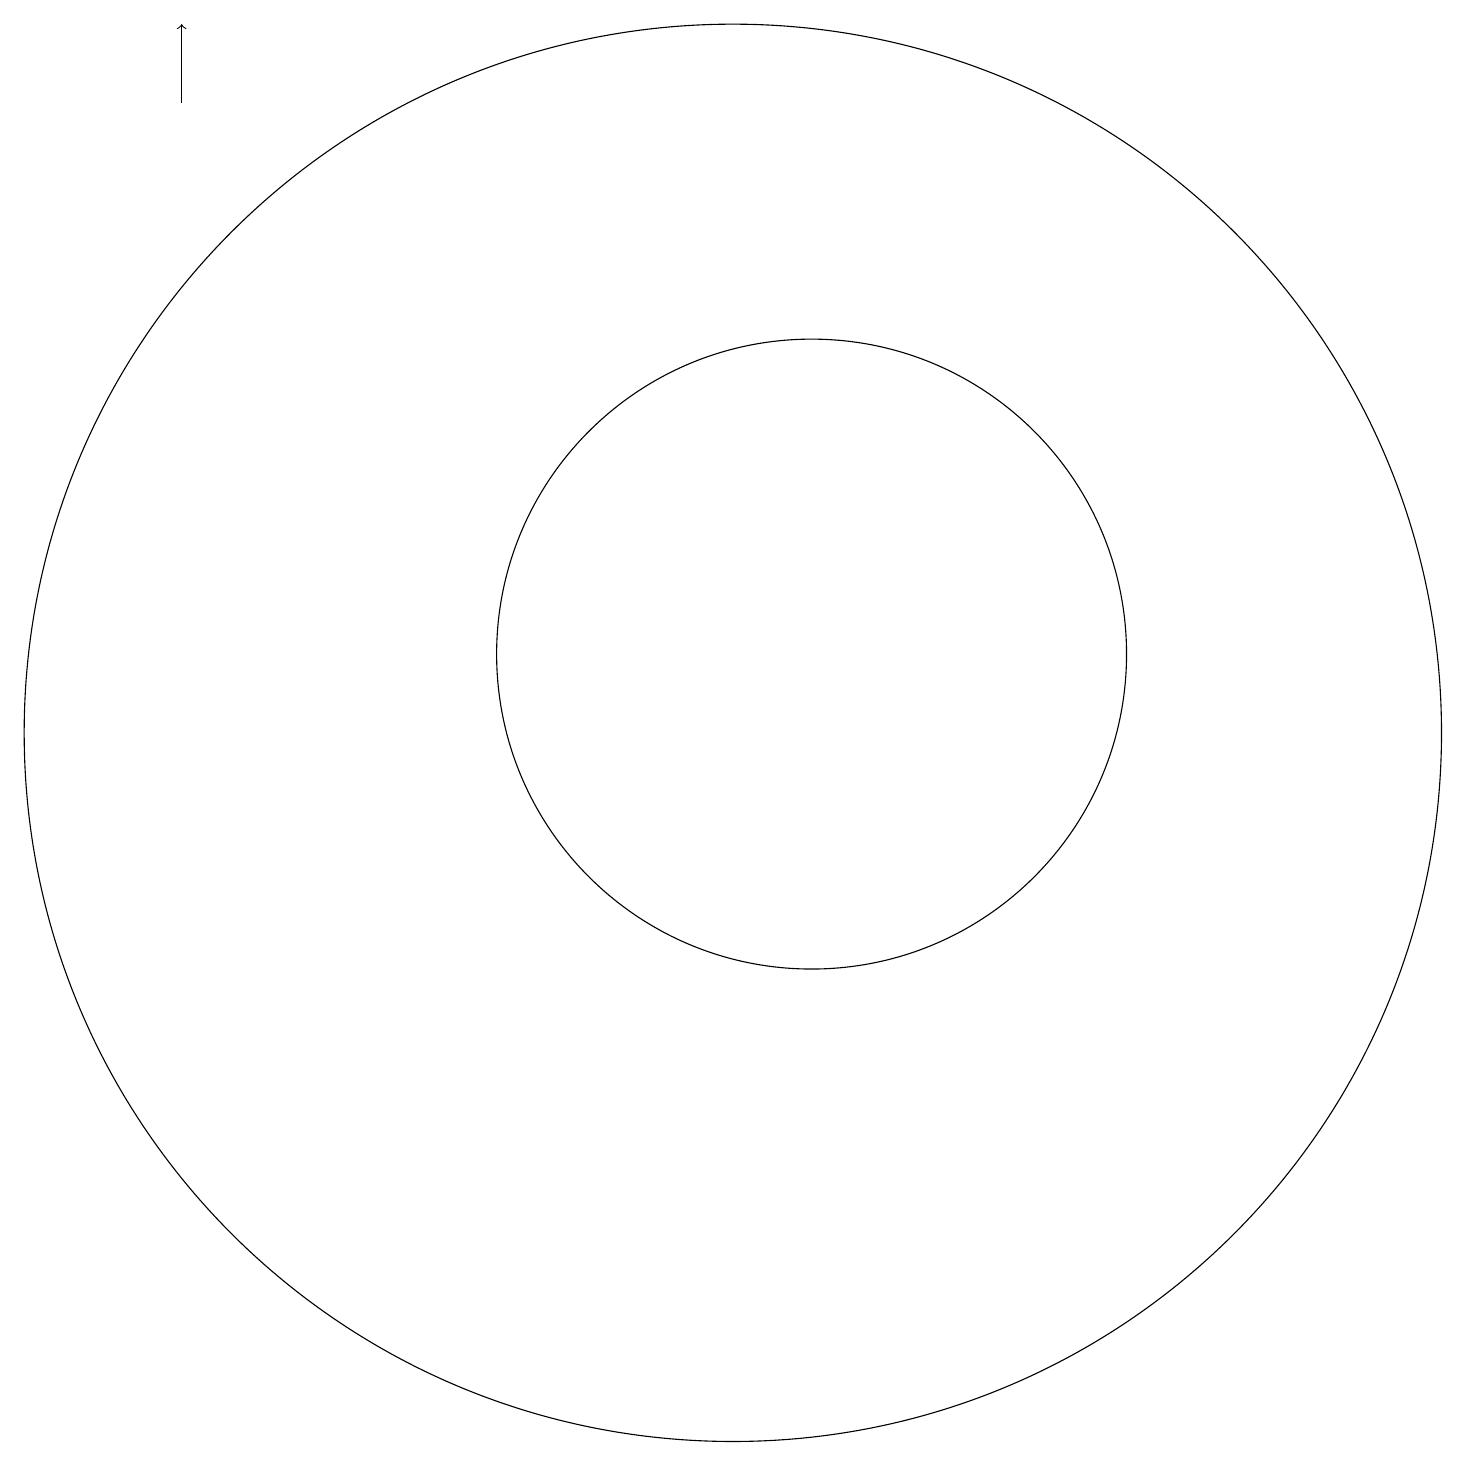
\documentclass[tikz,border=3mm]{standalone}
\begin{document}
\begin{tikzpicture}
\draw (11,11) circle (4);
\draw[->] (3,18) -- (3,19);
\draw (10,10) circle (9);
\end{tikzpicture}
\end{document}